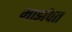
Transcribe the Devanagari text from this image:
मार्झपत